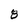
Character: 8